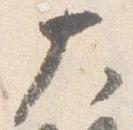
大